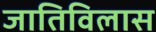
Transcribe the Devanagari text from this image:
जातिविलास